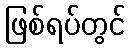
ဖြစ်ရပ်တွင်